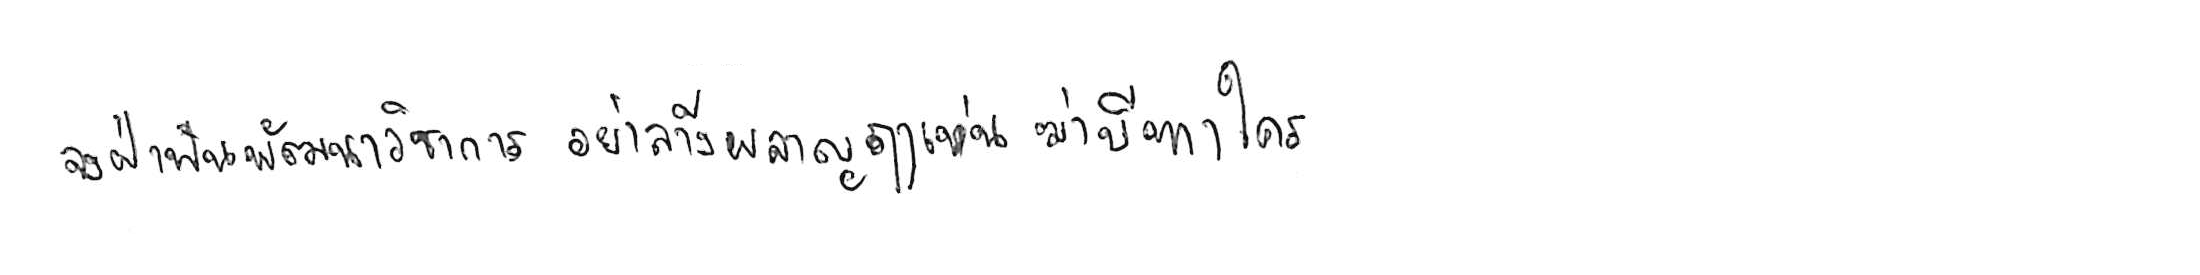
จงฝ่าฟันพัฒนาวิชาการ อย่าล้างผลาญฤๅเข่นฆ่าบีฑาใคร